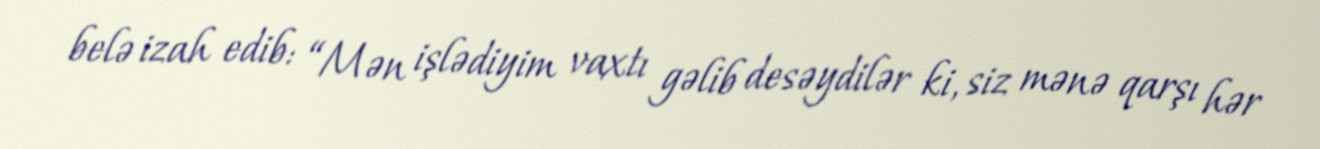
belə izah edib: “Mən işlədiyim vaxtı gəlib desəydilər ki, siz mənə qarşı hər